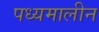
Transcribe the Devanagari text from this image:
पध्यमालीन